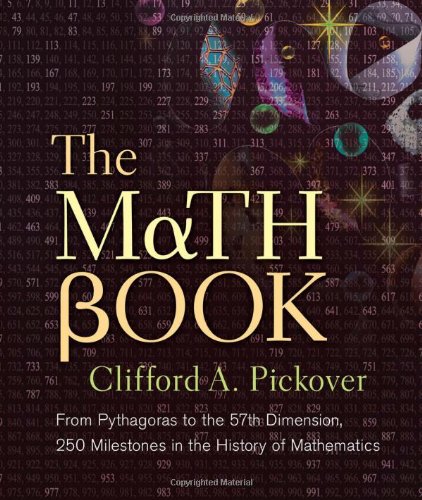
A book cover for The Math Book: From Pythagoras to the 57th Dimension, 250 Milestones in the History of Mathematics (Sterling Milestones); Clifford A. Pickover; Science & Math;